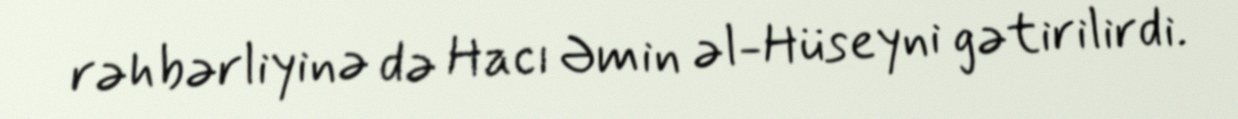
rəhbərliyinə də Hacı Əmin əl-Hüseyni gətirilirdi.